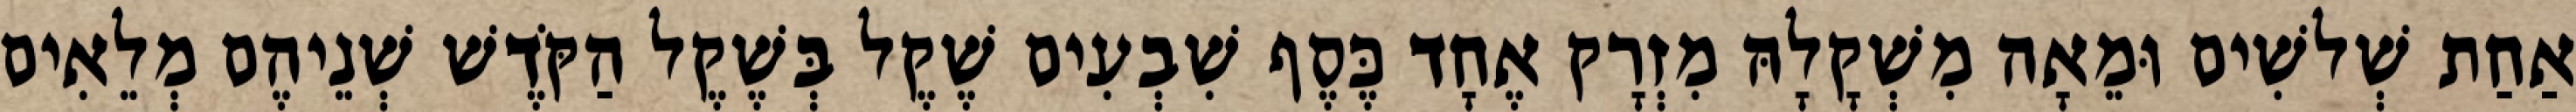
אַחַת שְׁלשִׁים וּמֵאָה מִשְׁקָלָהּ מִזְרָק אֶחָד כֶּסֶף שִׁבְעִים שֶׁקֶל בְּשֶׁקֶל הַקֹּדֶשׁ שְׁנֵיהֶם מְלֵאִים